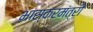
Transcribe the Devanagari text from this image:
भास्करमंत्री